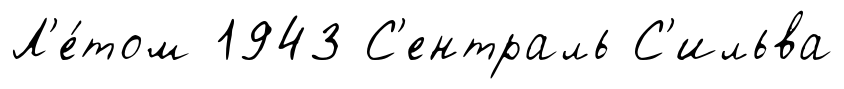
Л'е́том 1943 С'ентраль С'ильва